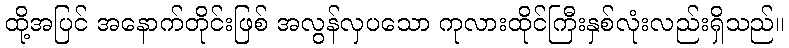
ထို့အပြင် အနောက်တိုင်းဖြစ် အလွန်လှပသော ကုလားထိုင်ကြီးနှစ်လုံးလည်းရှိသည်။